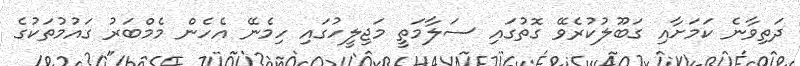
ދަތިވާނެ ކަމަށާއި ގަބޫލުކުރެވޭ ގޮތުގައި ސަލާމަތީ މަޖިލީހުގައި ހިމެނޭ އެހެން މެމްބަރު ގައުމުތަކުގެ